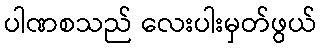
ပါဏစသည် လေးပါးမှတ်ဖွယ်